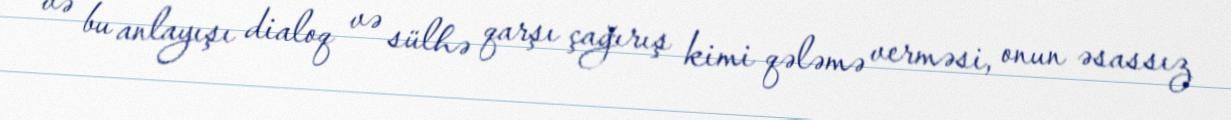
və bu anlayışı dialoq və sülhə qarşı çağırış kimi qələmə verməsi, onun əsassız